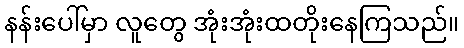
နန်းပေါ်မှာ လူတွေ အုံးအုံးထတိုးနေကြသည်။